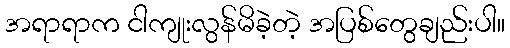
အရာရာက ငါကျုးလွန်မိခဲ့တဲ့ အပြစ်တွေချည်းပါ။